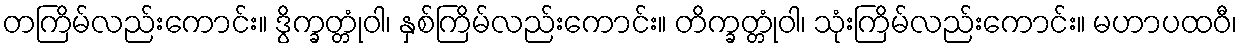
တကြိမ်လည်းကောင်း။ ဒွိက္ခတ္တုံဝါ၊ နှစ်ကြိမ်လည်းကောင်း။ တိက္ခတ္တုံဝါ၊ သုံးကြိမ်လည်းကောင်း။ မဟာပထဝီ၊